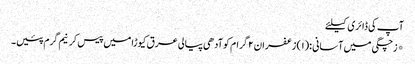
آپ کی ڈائری کیلئے
*زچگی میں آسانی :(۱) زعفران ۲ گرام کوآدھی پیالی عرق کیوڑا میں پیس کرنیم گرم پئیں۔